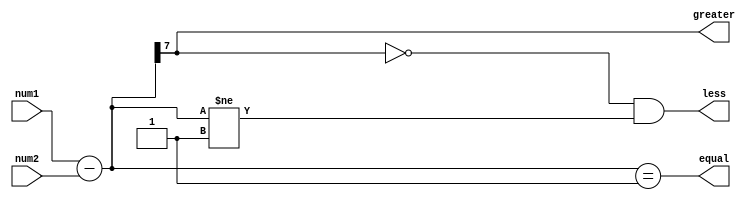
module ArithmeticBlocksUnsignedComparator(
    input [7:0] num1,
    input [7:0] num2,
    output greater,
    output less,
    output equal
);

reg [7:0] difference;

assign greater = (difference[7] == 1);
assign less = (difference[7] == 0) && (difference != 8'b00000001);
assign equal = (difference == 8'b00000001);

always @(*) begin
    difference = num1 - num2;
end

endmodule